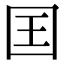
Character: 囯